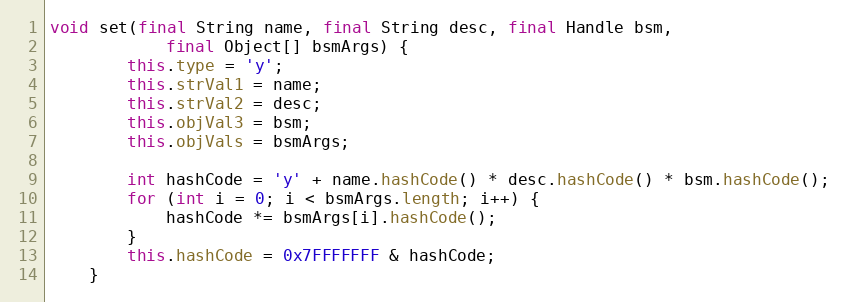
Language: Java
void set(final String name, final String desc, final Handle bsm,
            final Object[] bsmArgs) {
        this.type = 'y';
        this.strVal1 = name;
        this.strVal2 = desc;
        this.objVal3 = bsm;
        this.objVals = bsmArgs;

        int hashCode = 'y' + name.hashCode() * desc.hashCode() * bsm.hashCode();
        for (int i = 0; i < bsmArgs.length; i++) {
            hashCode *= bsmArgs[i].hashCode();
        }
        this.hashCode = 0x7FFFFFFF & hashCode;
    }